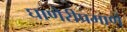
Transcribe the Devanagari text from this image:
घाणेरीप्रमाणे